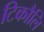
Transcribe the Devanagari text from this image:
टिकौलि